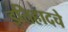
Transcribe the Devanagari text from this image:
इतिहादचे